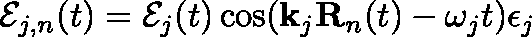
\mathbf { \mathcal { E } } _ { j , n } ( t ) = \mathcal { E } _ { j } ( t ) \cos ( \mathbf { k } _ { j } \mathbf { R } _ { n } ( t ) - \omega _ { j } t ) \mathbf { \epsilon } _ { j }